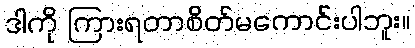
ဒါကို ကြားရတာစိတ်မကောင်းပါဘူး။